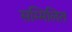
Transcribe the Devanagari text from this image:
सम्‍मिलित